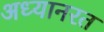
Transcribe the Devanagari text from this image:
अध्यानरत